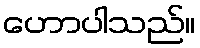
ဟောပါသည်။